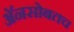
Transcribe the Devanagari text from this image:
अॅनसोबतच